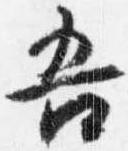
吾